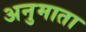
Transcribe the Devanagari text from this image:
अनुमाता